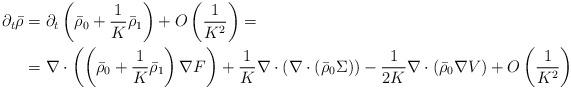
LaTeX: \begin{align*}\partial_t \bar \rho &= \partial_t \left(\bar \rho_0 + \frac 1K \bar \rho_1\right) + O\left(\frac 1{K^2}\right) = \\ &= \nabla \cdot \left(\left(\bar \rho_0 + \frac 1K\bar \rho_1\right)\nabla F\right) + \frac 1K \nabla \cdot (\nabla \cdot (\bar \rho_0\Sigma)) - \frac 1{2K}\nabla \cdot (\bar \rho_0\nabla V) + O\left(\frac 1{K^2}\right)\end{align*}